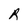
Character: R